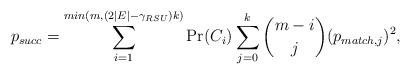
LaTeX: \begin{align*}p_{succ} = \sum_{i = 1}^{min(m,(2|E|-\gamma_{RSU})k)} \mbox{Pr}(C_{i}) \sum_{j = 0}^{k} \binom {m - i}{j} (p_{match, j})^{2},\end{align*}